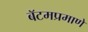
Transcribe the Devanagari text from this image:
बॅटमप्रमाणे